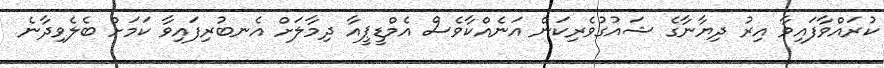
ކުރައްވާފައިވާ އިރު ދިޔާނާގެ ޝައުގުވެރިކަން އަނެއްކާވެސް އެމްޑީޕީއާ ދިމާލަށް އެނބުރިފައިވާ ކަމަށް ބެލެވިދާނެ